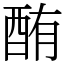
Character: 酭